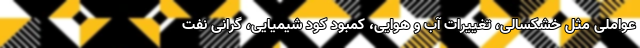
عواملی مثل خشکسالی، تغییرات آب و هوایی، کمبود کود شیمیایی، گرانی نفت